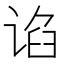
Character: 谄